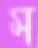
স